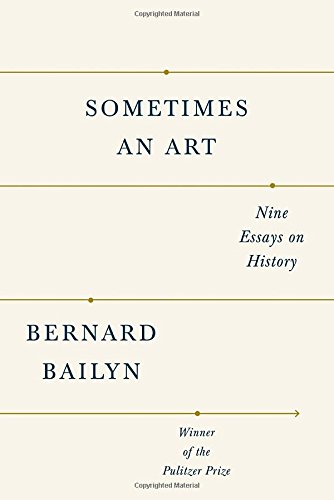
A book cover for Sometimes an Art: Nine Essays on History; Bernard Bailyn; History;